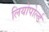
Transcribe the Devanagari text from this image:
लियोपोर्ल्ड